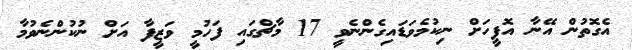
އެގޮތުން އޭނާ އޮފީހަށް ނިކުމެވަޑައިގެންނެވީ 17 މާޗްގައި ފަހުމީ ވަޒީފާ އަށް ނުކުންނެވުމާ